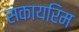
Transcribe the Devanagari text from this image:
सकायरिम